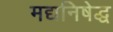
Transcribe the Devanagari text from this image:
मद्यनिषेद्ध